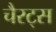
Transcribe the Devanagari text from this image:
चैरट्स